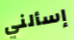
إسألني